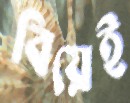
বিয়েই